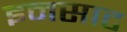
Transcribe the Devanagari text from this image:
इनसाट